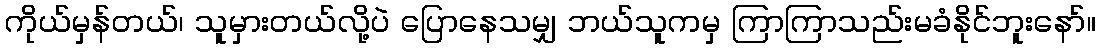
ကိုယ်မှန်တယ်၊ သူမှားတယ်လို့ပဲ ပြောနေသမျှ ဘယ်သူကမှ ကြာကြာသည်းမခံနိုင်ဘူးနော်။